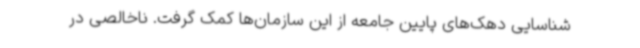
شناسایی دهک‌های پایین جامعه از این سازمان‌ها کمک گرفت. ناخالصی در